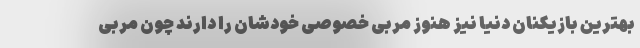
بهترین بازیکنان دنیا نیز هنوز مربی خصوصی خودشان را دارند چون مربی